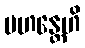
မဟန္တေဟိ